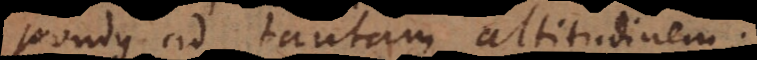
pondus ad tantam altitudinem;